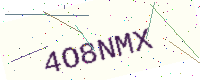
Text: 4O8NMX